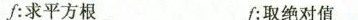
f:求平方根 f:取绝对值